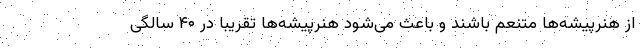
از هنرپیشه‌ها متنعم باشند و باعث می‌شود هنرپیشه‌ها تقریبا در ۴۰ سالگی